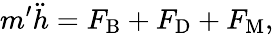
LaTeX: m^{\prime}\ddot{h}=F_{\mathrm{B}}+F_{\mathrm{D}}+F_{\mathrm{M}},